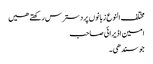
مختلف النوع زبانوں پر دسترس رکھتے ھیں
امین اڈیرائی صاحب
جو سندھی۔